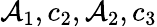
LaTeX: \mathcal{A}_{1},c_{2},\mathcal{A}_{2},c_{3}